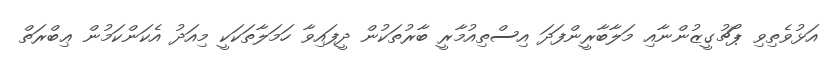
އަޅުވެތިވި ޕޯޗުގީޒުންނާއި މަލާބާރީންފަދަ އިސްތިއުމާރީ ބާރުތަކުން ދީފައިވާ ހަމަލާތަކަކީ މިއަދު އެކަންކަމުން ޢިބްރަތް